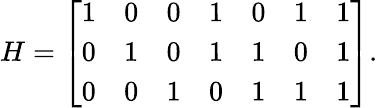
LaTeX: H={\left[\begin{array}{lllllll}{1}&{0}&{0}&{1}&{0}&{1}&{1}\\ {0}&{1}&{0}&{1}&{1}&{0}&{1}\\ {0}&{0}&{1}&{0}&{1}&{1}&{1}\end{array}\right]}.